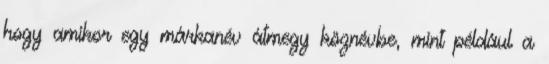
hogy amikor egy márkanév átmegy köznévbe, mint például a